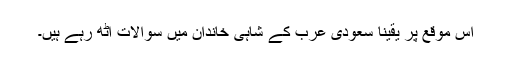
اس موقع پر یقیناََ سعودی عرب کے شاہی خاندان میں سوالات اٹھ رہے ہیں۔